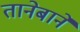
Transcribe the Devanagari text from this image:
तानेबाने